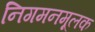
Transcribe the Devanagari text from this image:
निगमनमूलक